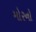
મોરનો